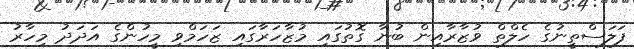
ފަލަސްތީނުގެ ހެލްތް ވުޒާރާއިން ބުނާ ގޮތުގައި މުޒާހަރާގައި ޒަހަމްވި މީހުންގެ އަދަދު މިހާރު